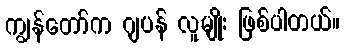
ကျွန်တော်က ဂျပန် လူမျိုး ဖြစ်ပါတယ်။